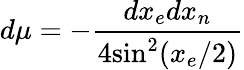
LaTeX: d\mu=-\frac{dx_{e}dx_{n}}{4\mathrm{sin}^{2}(x_{e}/2)}